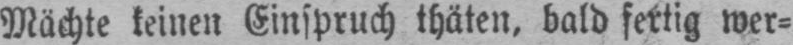
Mächte keinen Einspruch thäten, bald fertig wer⸗